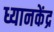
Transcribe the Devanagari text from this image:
ध्यानकेंद्र